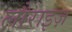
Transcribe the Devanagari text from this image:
लौराइज़